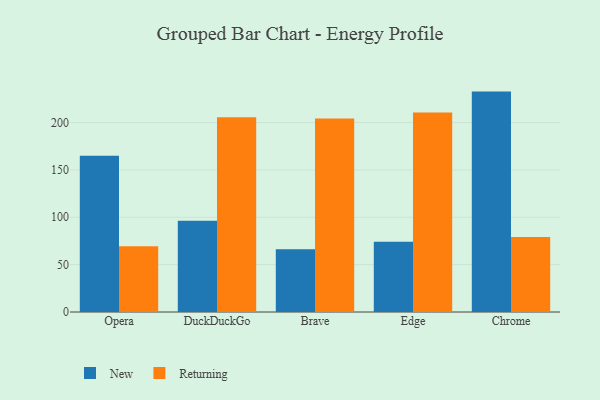
{"axis": {"x": "Browser", "y": "Gross Profit (USD K)"}, "legend": ["New", "Returning"], "data": [{"x": "Opera", "y": 165.1, "type": "New"}, {"x": "Opera", "y": 69.3, "type": "Returning"}, {"x": "DuckDuckGo", "y": 96.3, "type": "New"}, {"x": "DuckDuckGo", "y": 205.7, "type": "Returning"}, {"x": "Brave", "y": 66.2, "type": "New"}, {"x": "Brave", "y": 204.2, "type": "Returning"}, {"x": "Edge", "y": 74.2, "type": "New"}, {"x": "Edge", "y": 210.6, "type": "Returning"}, {"x": "Chrome", "y": 232.7, "type": "New"}, {"x": "Chrome", "y": 79.1, "type": "Returning"}]}